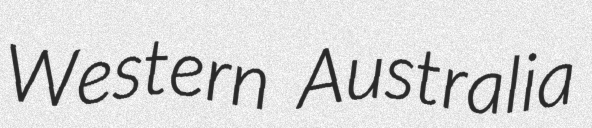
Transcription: Western Australia